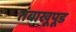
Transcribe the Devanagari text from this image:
तंबाखूपूड